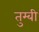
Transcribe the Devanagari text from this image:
तुम्बी